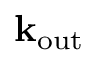
\mathbf { k } _ { \mathrm { o u t } }